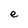
Character: e